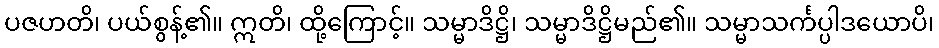
ပဇဟတိ၊ ပယ်စွန့်၏။ ဣတိ၊ ထို့ကြောင့်။ သမ္မာဒိဋ္ဌိ၊ သမ္မာဒိဋ္ဌိမည်၏။ သမ္မာသင်္ကပ္ပါဒယောပိ၊